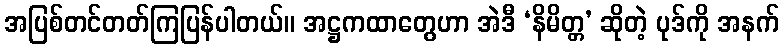
အပြစ်တင်တတ်ကြပြန်ပါတယ်။ အဋ္ဌကထာတွေဟာ အဲဒီ ‘နိမိတ္တ’ ဆိုတဲ့ ပုဒ်ကို အနက်